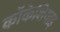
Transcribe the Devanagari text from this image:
कॉकेशियाइ